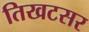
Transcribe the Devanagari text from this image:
तिखटसर